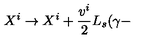
X ^ { i } \rightarrow X ^ { i } + { \frac { v ^ { i } } { 2 } } \ensuremath { L _ { s } } ( \gamma -